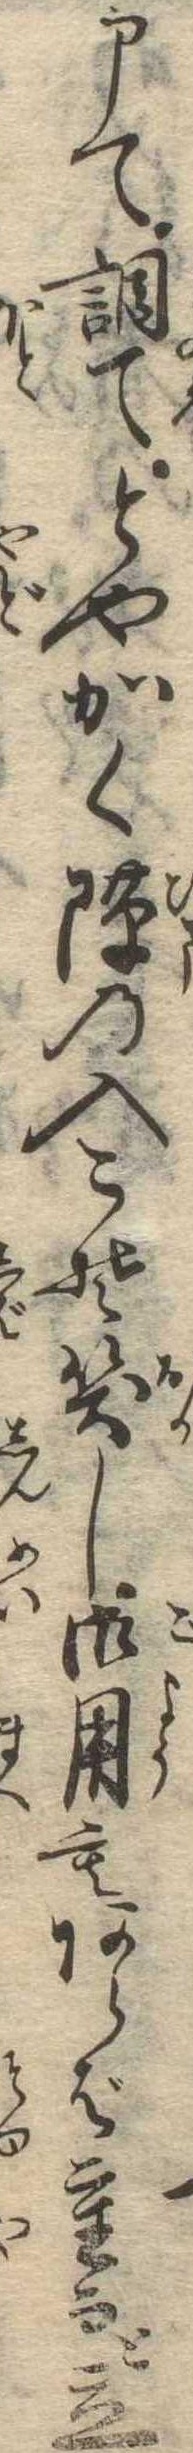
申て調てとやかく隙の入こそ笑し御用もあらば重而と立